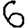
Digit: 6